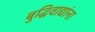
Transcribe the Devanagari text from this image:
बुद्धिवाद्यांना